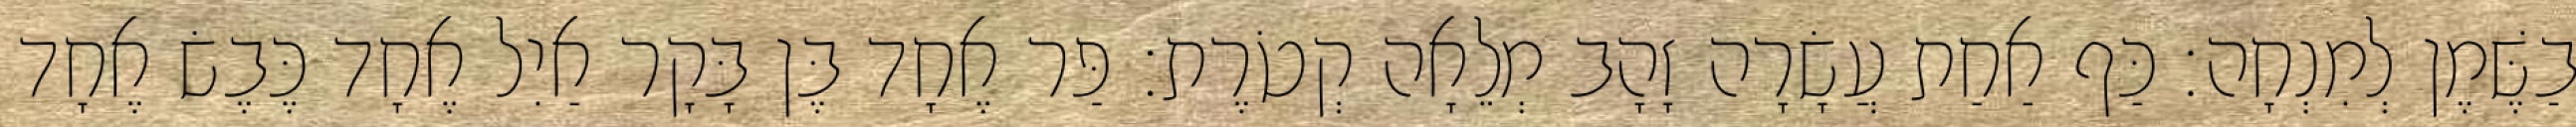
בַשֶּׁמֶן לְמִנְחָה׃ כַּף אַחַת עֲשָׂרָה זָהָב מְלֵאָה קְטֹרֶת׃ פַּר אֶחָד בֶּן בָּקָר אַיִל אֶחָד כֶּבֶשׂ אֶחָד